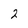
Character: 2